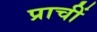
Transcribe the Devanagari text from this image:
प्राचीं